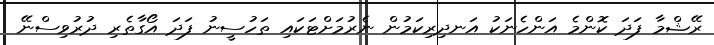
ރޭޝްމާ ފަދަ ކޮންމެ އަންހެނަކު އަނދިރިކަމުން ނެރުމަށްޓަކައި ތަހުސީނު ފަދަ އޯގާތެރި ދުރުވިސްނޭ